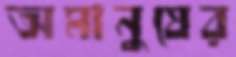
অমানুষের